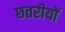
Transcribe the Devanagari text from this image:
छतरीयों